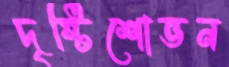
দৃষ্টিশোভন